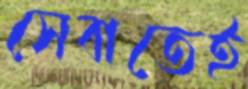
সেবাতেই